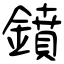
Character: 鐼